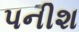
પનીશ